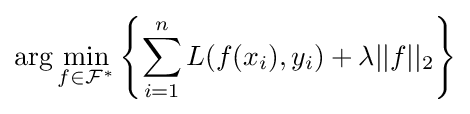
\arg \min _{f\in {\mathcal {F}}^{*}}\left\{\sum _{i=1}^{n}L(f(x_{i}),y_{i})+\lambda ||f||_{2}\right\}